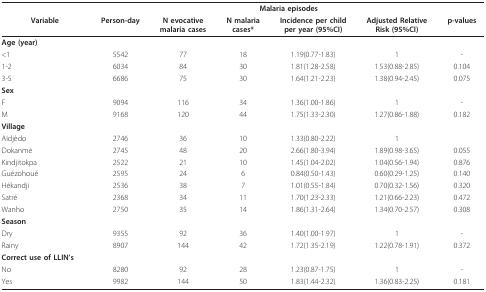
<table><thead><tr><td></td><td colspan="6"><b>Malaria episodes</b></td></tr><tr><td><b>Variable</b></td><td><b>Person-day</b></td><td><b>N evocative malaria cases</b></td><td><b>N malaria cases*</b></td><td><b>Incidence per child per year (95%CI)</b></td><td><b>Adjusted Relative Risk (95%CI)</b></td><td><b>p-values</b></td></tr></thead><tbody><tr><td><b>Age (year)</b></td><td></td><td></td><td></td><td></td><td></td><td></td></tr><tr><td>&lt;1</td><td>5542</td><td>77</td><td>18</td><td>1.19(0.77-1.83)</td><td>1</td><td>-</td></tr><tr><td>1-2</td><td>6034</td><td>84</td><td>30</td><td>1.81(1.28-2.58)</td><td>1.53(0.88-2.85)</td><td>0.104</td></tr><tr><td>3-5</td><td>6686</td><td>75</td><td>30</td><td>1.64(1.21-2.23)</td><td>1.38(0.94-2.45)</td><td>0.075</td></tr><tr><td><b>Sex</b></td><td></td><td></td><td></td><td></td><td></td><td></td></tr><tr><td>F</td><td>9094</td><td>116</td><td>34</td><td>1.36(1.00-1.86)</td><td>1</td><td>-</td></tr><tr><td>M</td><td>9168</td><td>120</td><td>44</td><td>1.75(1.33-2.30)</td><td>1.27(0.86-1.88)</td><td>0.182</td></tr><tr><td><b>Village</b></td><td></td><td></td><td></td><td></td><td></td><td></td></tr><tr><td>Aïdjèdo</td><td>2746</td><td>36</td><td>10</td><td>1.33(0.80-2.22)</td><td>1</td><td></td></tr><tr><td>Dokanmè</td><td>2745</td><td>48</td><td>20</td><td>2.66(1.80-3.94)</td><td>1.89(0.98-3.65)</td><td>0.055</td></tr><tr><td>Kindjitokpa</td><td>2522</td><td>21</td><td>10</td><td>1.45(1.04-2.02)</td><td>1.04(0.56-1.94)</td><td>0.876</td></tr><tr><td>Guézohoué</td><td>2595</td><td>24</td><td>6</td><td>0.84(0.50-1.43)</td><td>0.60(0.29-1.25)</td><td>0.140</td></tr><tr><td>Hékandji</td><td>2536</td><td>38</td><td>7</td><td>1.01(0.55-1.84)</td><td>0.70(0.32-1.56)</td><td>0.320</td></tr><tr><td>Satré</td><td>2368</td><td>34</td><td>11</td><td>1.70(1.23-2.33)</td><td>1.21(0.66-2.23)</td><td>0.472</td></tr><tr><td>Wanho</td><td>2750</td><td>35</td><td>14</td><td>1.86(1.31-2.64)</td><td>1.34(0.70-2.57)</td><td>0.308</td></tr><tr><td><b>Season</b></td><td></td><td></td><td></td><td></td><td></td><td></td></tr><tr><td>Dry</td><td>9355</td><td>92</td><td>36</td><td>1.40(1.00-1.97)</td><td>1</td><td>-</td></tr><tr><td>Rainy</td><td>8907</td><td>144</td><td>42</td><td>1.72(1.35-2.19)</td><td>1.22(0.78-1.91)</td><td>0.372</td></tr><tr><td><b>Correct use of LLIN&#x27;s</b></td><td></td><td></td><td></td><td></td><td></td><td></td></tr><tr><td>No</td><td>8280</td><td>92</td><td>28</td><td>1.23(0.87-1.75)</td><td>1</td><td>-</td></tr><tr><td>Yes</td><td>9982</td><td>144</td><td>50</td><td>1.83(1.44-2.32)</td><td>1.36(0.83-2.25)</td><td>0.181</td></tr></tbody></table>